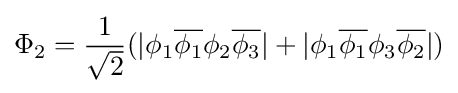
\Phi _{2}={\frac {1}{\sqrt {2}}}(|\phi _{1}{\overline {\phi _{1}}}\phi _{2}{\overline {\phi _{3}}}|+|\phi _{1}{\overline {\phi _{1}}}\phi _{3}{\overline {\phi _{2}}}|)